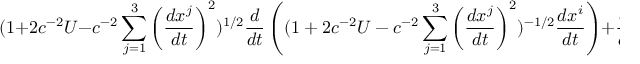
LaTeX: ( 1 + 2 c ^ { - 2 } U - c ^ { - 2 } \sum _ { j = 1 } ^ { 3 } \left( \frac { d x ^ { j } } { d t } \right) ^ { 2 } ) ^ { 1 / 2 } \frac { d } { d t } \left( ( 1 + 2 c ^ { - 2 } U - c ^ { - 2 } \sum _ { j = 1 } ^ { 3 } \left( \frac { d x ^ { j } } { d t } \right) ^ { 2 } ) ^ { - 1 / 2 } \frac { d x ^ { i } } { d t } \right) + \frac { \partial U } { \partial x ^ { i } } = 0